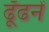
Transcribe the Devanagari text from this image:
ढूँढनें